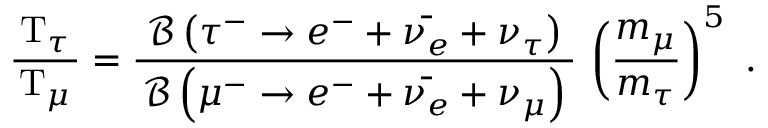
{ \frac { \, \mathrm { T } _ { \tau } \, } { \mathrm { T } _ { \mu } } } = { \frac { \; { \mathcal { B } } \left( \tau ^ { - } \rightarrow e ^ { - } + { \bar { \nu _ { e } } } + \nu _ { \tau } \right) \; } { { \mathcal { B } } \left( \mu ^ { - } \rightarrow e ^ { - } + { \bar { \nu _ { e } } } + \nu _ { \mu } \right) } } \, \left( { \frac { m _ { \mu } } { m _ { \tau } } } \right) ^ { 5 } ~ .